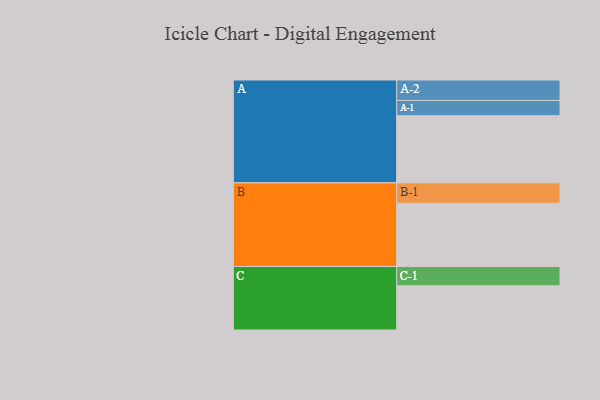
{"axis": {"x": "Segment", "y": "Value"}, "legend": ["", "A", "B", "C"], "data": [{"x": "A", "y": 585, "type": ""}, {"x": "B", "y": 551, "type": ""}, {"x": "C", "y": 385, "type": ""}, {"x": "A-1", "y": 133, "type": "A"}, {"x": "A-2", "y": 178, "type": "A"}, {"x": "B-1", "y": 178, "type": "B"}, {"x": "C-1", "y": 168, "type": "C"}]}